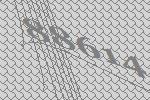
88614